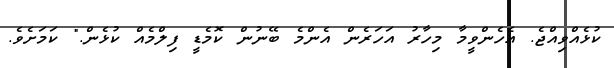
ކުޅެއްވިއްޖެ. އެހެންވީމާ މިހާރު އަހަރެން އެންމެ ބޭނުން ކޮމެޑީ ފިލްމެއް ކުޅެން." ކަމަށެވެ.